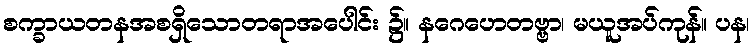
စက္ခာယတနအစရှိသောတရာအပေါင်း ၌။ နဂေဟေတဗ္ဗာ၊ မယူအပ်ကုန်။ ပန၊